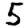
Digit: 5